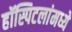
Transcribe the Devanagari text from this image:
हॉस्पिटलांमध्ये